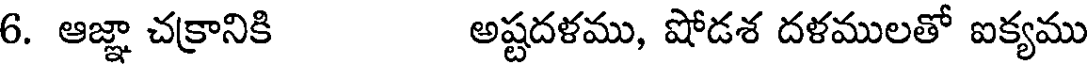
6. ఆజ్ఞా చక్రానికి అష్టదళము, షోడశ దళములతో ఐక్యము